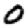
Digit: 0